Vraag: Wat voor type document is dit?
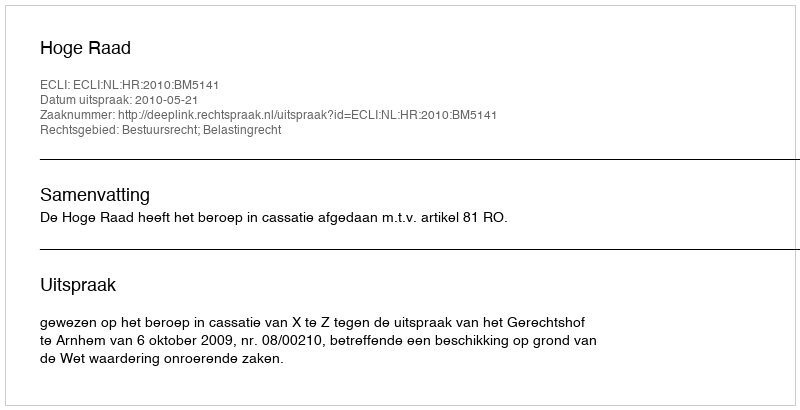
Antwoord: Uitspraak